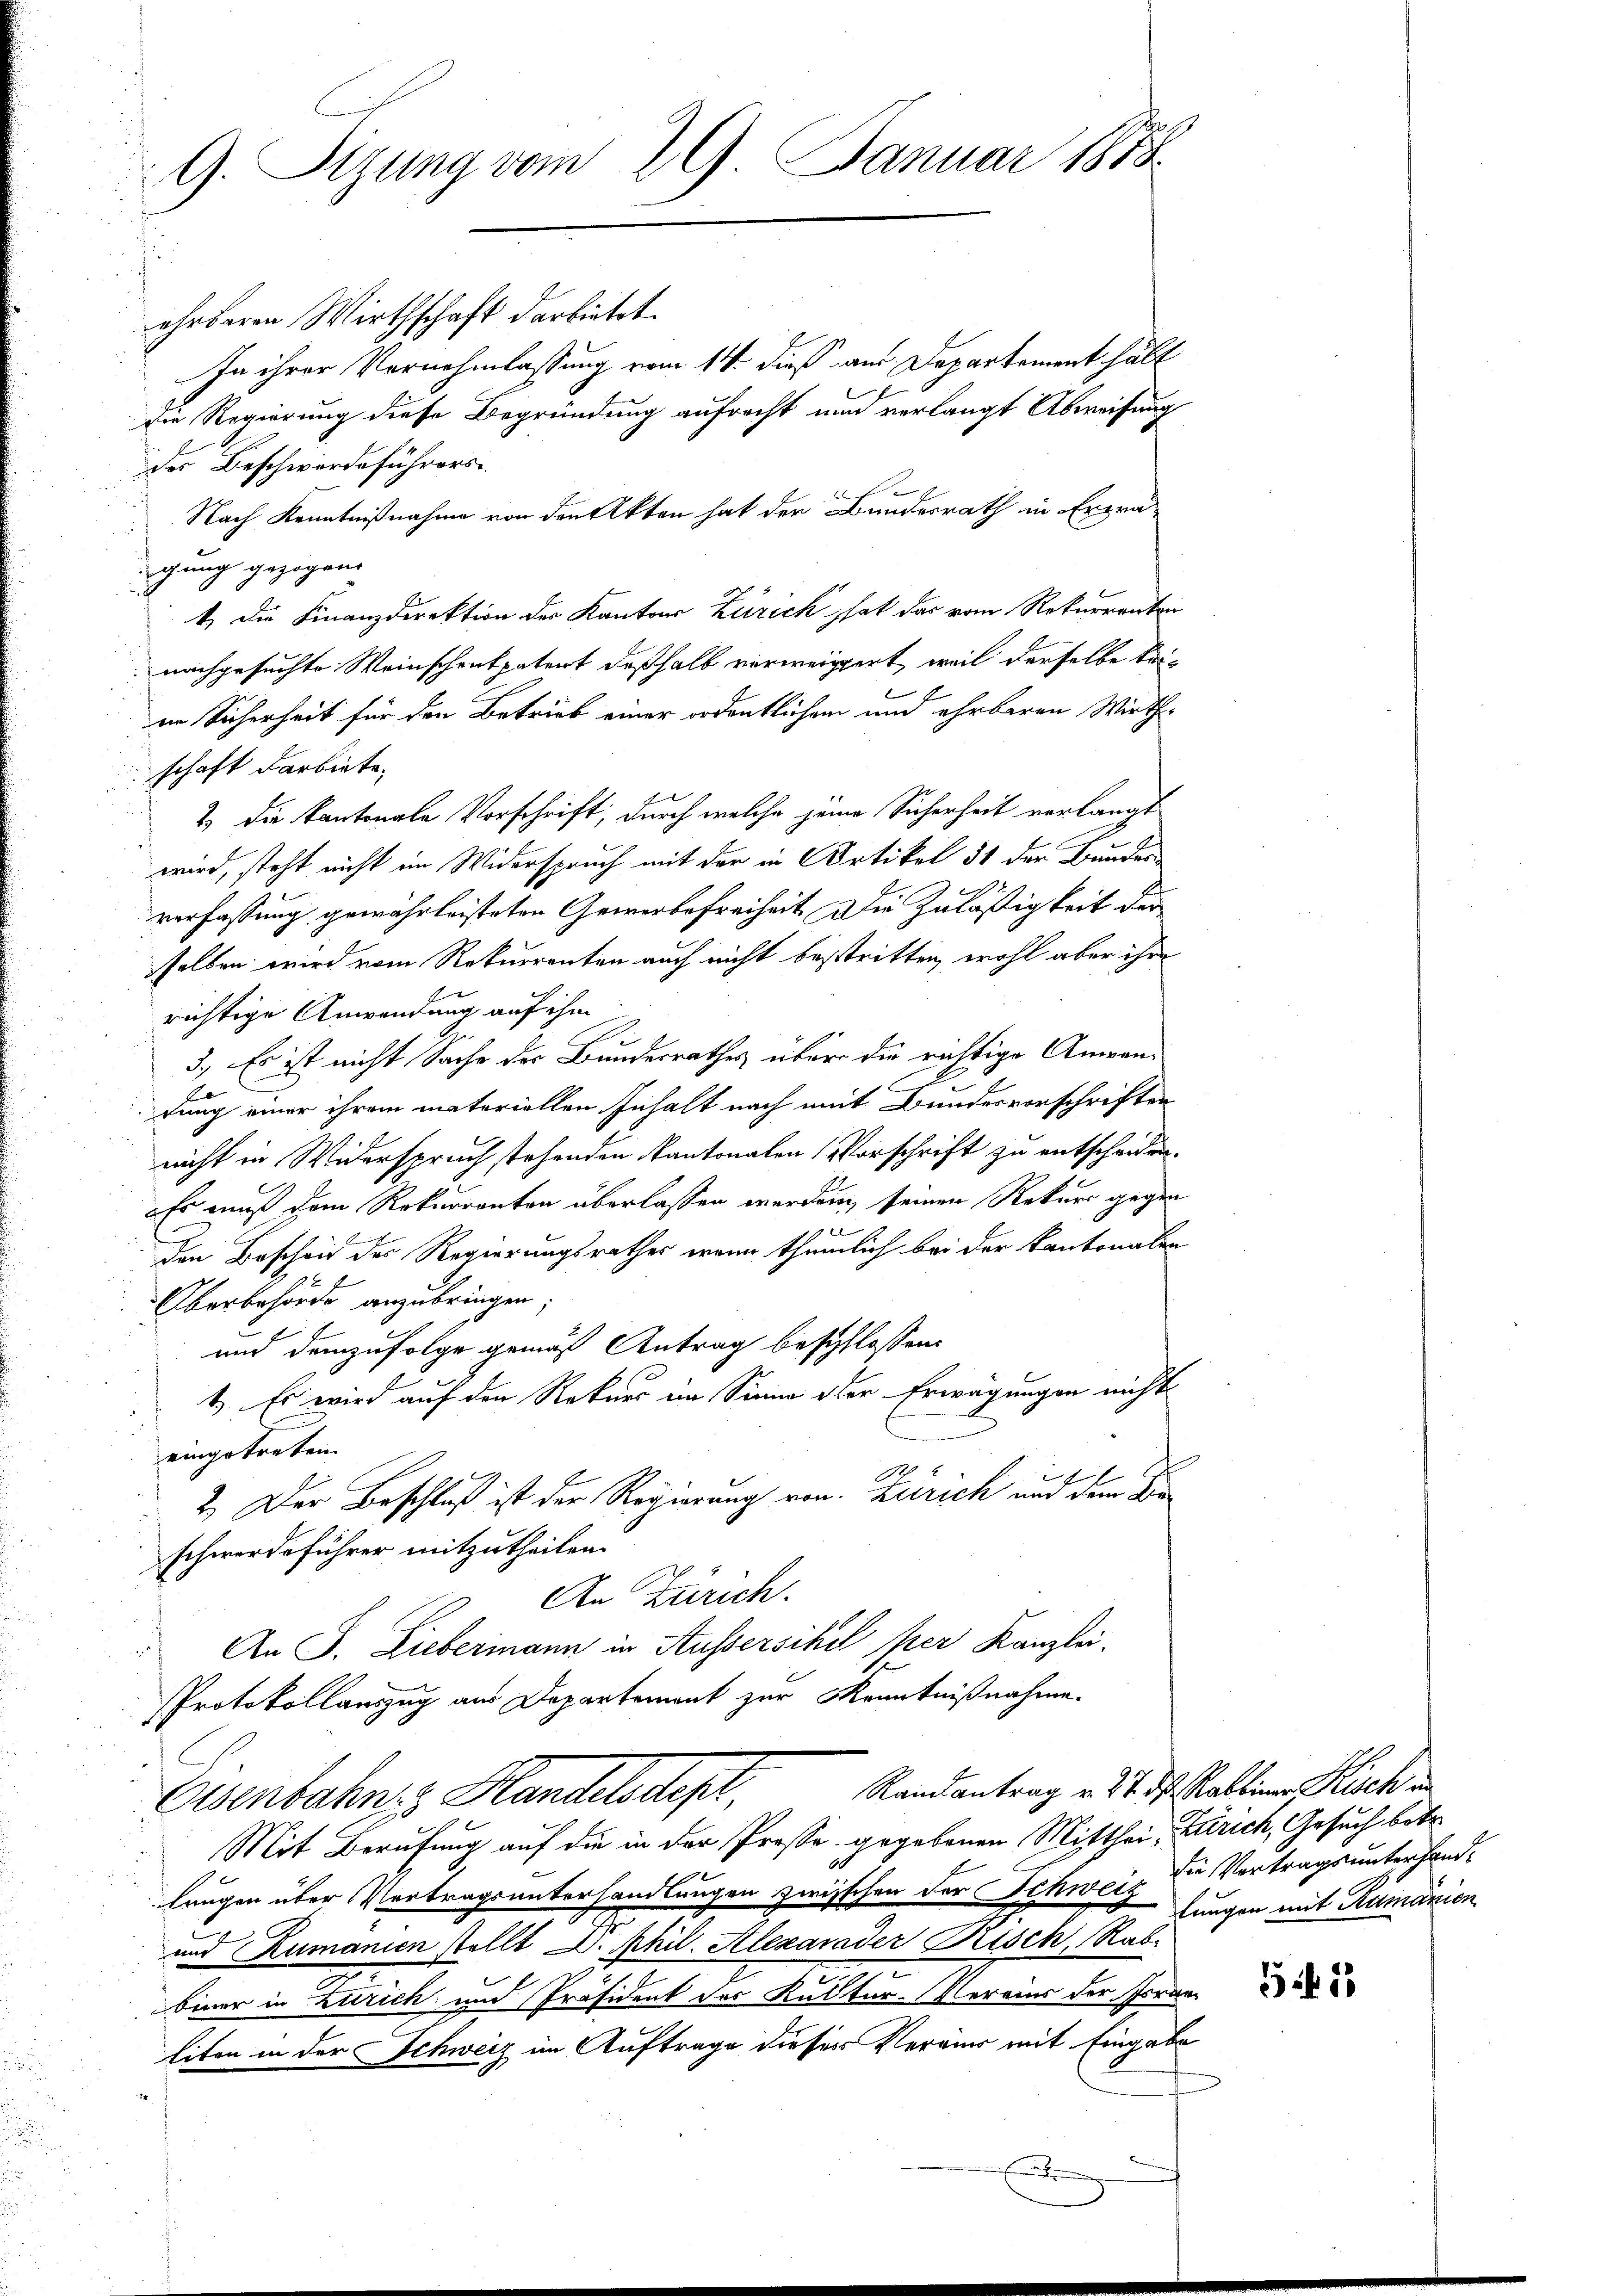
G. Sizung vom 29. Januar 1888.

ehrbaren Wirthschaft darbietet.
In ihrer Vernehmlassung vom 14. dieß am Departement hält
die Regierung diese Begründung aufrecht nun verlangt Abweisung
der Beschwerdeführers-
 Nach Kenntnißnahme von den Akten hat der Bundesrath in Erprägung gezogen.
t. Die Finanzdirektion des Kantons Zürich hat das vom Rekurrenten
nachgesuchte Weinschenkpatent deßhalb verweigert, weil derselbe keiin Sicherheit für den Betrieb einer ordentlichen und ehrbaren Wirthschaft darbiete.
2.) Die kantonale Vorschrift, durch welche jene Sicherheit verlangt
d
wird, steht nicht im Widerspruch mit der in Artikel 31 der Bundes
verfassung gewährleisteten Gewerbefreiheit. Die Zuläßigkeit der
selben wird vom Rekurrenten auch nicht bestritten, wohl aber ihre
richtige Anwendung auf ihm
.
3. Es ist nicht Sache der Bundesrathes über die richtige Anwentung einer ihrem materiellen Inhalt nach mit Bundesvorschriften
nicht in Widerspruch stehenden Kantonalen Vorschrift zu entscheiden.
Es muß dem Rekurrenten überlassen werden seinen Rekurs gegen
1
den Bescheid des Regierungsrathes, wenn thümlich bei der Kantonalen
Oberbehörde anzubringen;
und demzufolge gemäß Antrag beschlossen:
t). Es wird auf den Rekurs im Sinne der Erwägungen nicht
eingetreten.
2.) Der Beschluß ist der Regierung von Zürich und dem Dir
schwerde führer mitzutheilen.
An Zürich.
An J. Liebermann in Aussersihil per Kanzlei
Protokollauszug aus Departement zur Kenntnißnahme.
Randantrag v. 27. d. Rabliner Kisch in
Osenbahn, z. Handelsdepr
Mit Berufung auf die in der Prosse gegebenen Mitthei- Zürich, Gesuch betr.
00
langen über Vertragsunterhandlungen zwischen der Schweiz die Vertragsunterhand¬
2
und Rumanien stellt D. Phil. Alexarader Risch, Rabbiner in Zürich und Präsident der Kultur-Vereins der Schoran-
titen in der Schweiz im Auftrage dieser Veran mit Eingabe

lungen mit Rumänien

5 f 15